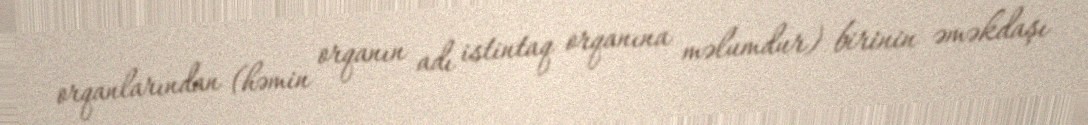
orqanlarından (həmin orqanın adı istintaq orqanına məlumdur) birinin əməkdaşı